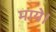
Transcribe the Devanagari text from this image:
माये।